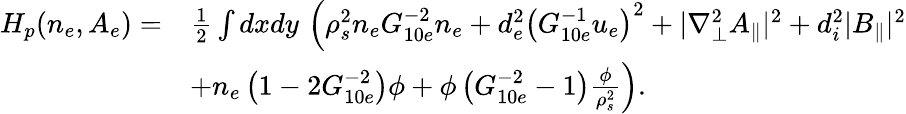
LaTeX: \begin{array}{rl}{H_{p}(n_{e},A_{e})=}&{\frac{1}{2}\int dxdy\, \left(\rho_{s}^{2}n_{e}G_{10e}^{-2}n_{e}+d_{e}^{2}\left(G_{10e}^{-1}u_{e}\right)^{2}+|\nabla_{\perp}^{2}A_{\parallel}|^{2}+d_{i}^{2}|B_{\parallel}|^{2}\right.}\\ &{\left.+n_{e}\left(1-2G_{10e}^{-2}\right)\phi+\phi\left(G_{10e}^{-2}-1\right)\frac{\phi}{\rho_{s}^{2}}\right).}\end{array}